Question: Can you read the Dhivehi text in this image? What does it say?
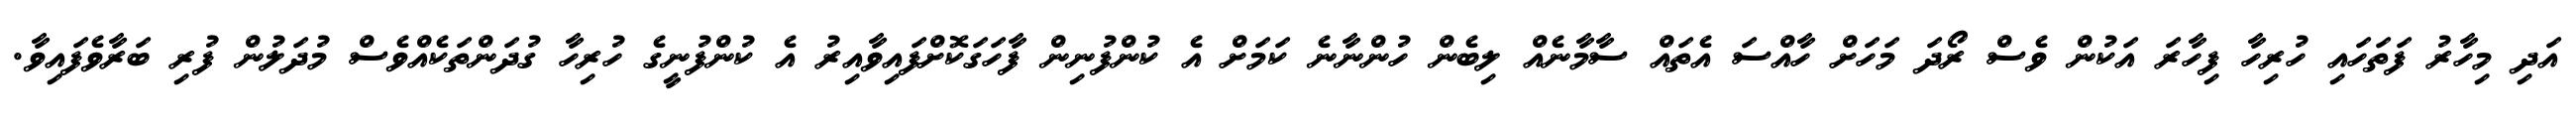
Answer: އަދި މިހާރު ފަތަހައި ހުރިހާ ފިހާރަ އަކުން ވެސް ރޯދަ މަހަށް ހާއްސަ އެތައް ސާމާނެއް ލިބެން ހުންނާނެ ކަމަށް އެ ކުންފުނިން ފާހަގަކޮށްފައިވާއިރު އެ ކުންފުނީގެ ހުރިހާ ގުދަންތަކެއްވެސް މުދަލުން ފުރި ބަރާވެފައިވާ.